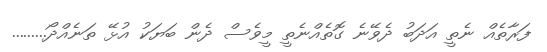
ފަރާތެއް ނެތީ އަދަބު ދެވޭނެ ގޮތެއްނެތީ މީވެސް ދެން ބަޔަކު އުޅޭ ތަނެއްދޯ.........